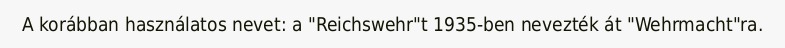
A korábban használatos nevet: a "Reichswehr"t 1935-ben nevezték át "Wehrmacht"ra.